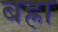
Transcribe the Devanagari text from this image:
बह्रा